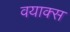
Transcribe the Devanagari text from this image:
वयाक्स